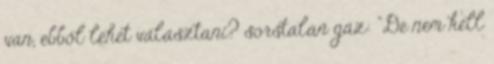
van, ebből lehet választani? sorstalan gáz: "De nem kell